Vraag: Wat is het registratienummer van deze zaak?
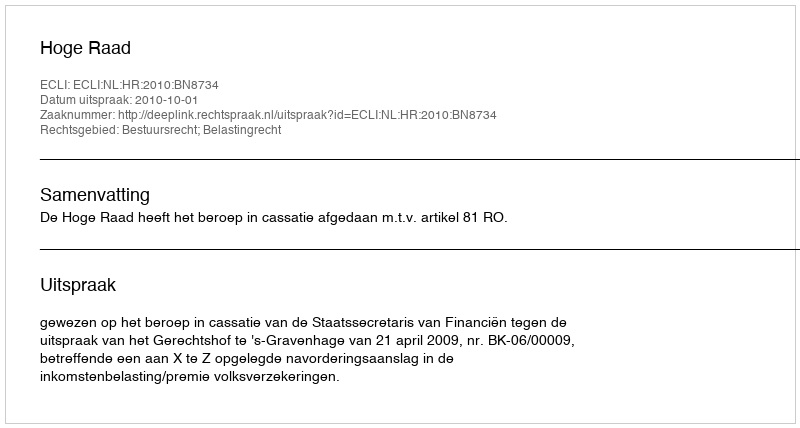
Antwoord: http://deeplink.rechtspraak.nl/uitspraak?id=ECLI:NL:HR:2010:BN8734